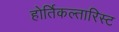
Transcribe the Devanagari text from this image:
होर्तिकल्तारिस्ट